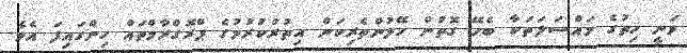
ވަނީ ހިތުގެ މައްސަލަތަކާ ބެހޭ ގޮތުން ހޭލުންތެރިކަން އިތުރުކުރުމުގެ ޕްރޮގްރާމްތައް ހިންގައިފަ އެވެ.